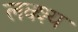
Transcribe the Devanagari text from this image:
लक्श्य